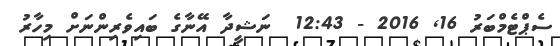
ސެޕްޓެމްބަރު 16